system: You are a helpful assistant.
user:
Analyze the provided spectrum to determine if it is a **M-type Giant (gM)**.

A M-type Giant spectrum is defined by its **strong molecular absorption** features, particularly from **Titanium Oxide (TiO)**. You must check for one of the following mutually exclusive signatures:

- **Key Visual Indicators (Absorption-Dominated Spectrum):**

    - **(Primary):** The spectrum is dominated by strong molecular absorption from **Titanium Oxide (TiO)**. This is the **defining feature** of its M-type temperature class.
        - **(Key Bandheads):** Look for sharp, "saw-tooth" absorption valleys. The strongest are located near **~7050 Å**, **~6160 Å**, and **~5170 Å**.
        - **(Line Profile):** The "saw-tooth" morphology is critical: a **sharp, steep drop on the BLUE (short-wavelength) side** of the bandhead, followed by a gradual recovery (rising flux) towards the RED (long-wavelength) side.

    - **(Key Confirmation - Giant vs. Dwarf):** **ABSENCE** of strong **Calcium Hydride (CaH)** molecular bands. This is the primary diagnostic for *excluding* M-dwarfs.
        - **(Key Region):** The spectrum should lack the strong, broad absorption band seen in dwarfs between **~6800 Å and ~7000 Å**.

    - **(Secondary Confirmation - Giant):** A very strong and broad **Neutral Calcium (Ca I)** atomic absorption line.
        - **(Key Line):** Located at **~4226 Å**. In a giant (gM), this line is significantly deeper and broader than the same line in an M-dwarf (dM) due to low surface gravity.

    - **(Overall Spectrum):**
        - The continuum is **extremely red-sloping** (i.e., flux is very low in the blue and rises dramatically towards the red).
        - The entire spectrum appears "chopped up" by the deep TiO bands.

Think first, call **spectral_visualization_tool** if needed to examine features in detail, then provide your final answer. Your response must adhere to the following strict rules:
1.  **Overall Structure:** Your response must follow the format `<think>...</think> <tool_call>...</tool_call> (if a tool is used) <answer>...</answer>`.
2.  **Tool Usage Constraint:** You may only make **one** tool call per turn.
3.  **Final Answer Format:** In the `<answer>` tag, your conclusion must be inside a `\boxed{}` command (e.g., `\boxed{YES}` or `\boxed{NO}`), followed by your justification.

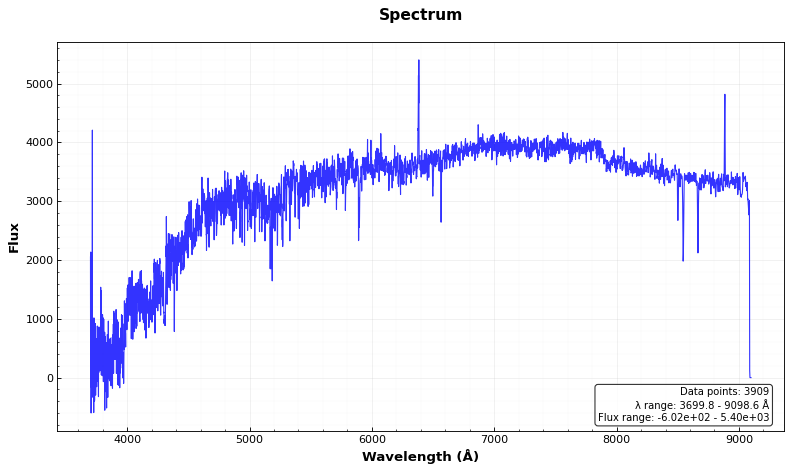
Answer: NO